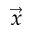
\Vec { x }